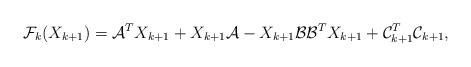
LaTeX: \begin{align*}{\mathcal F}_k(X_{k+1})={\mathcal A}^TX_{k+1}+X_{k+1} {\mathcal A}-X_{k+1}{\mathcal{B}}{\mathcal{B}}^T X_{k+1}+{\mathcal{C}}_{k+1}^T{\mathcal{C}}_{k+1},\end{align*}